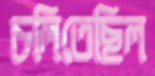
চলিতেছিল